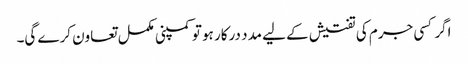
اگر کسی جرم کی تفتیش کے لیے مدد درکار ہو تو کمپنی مکمل تعاون کرے گی۔